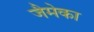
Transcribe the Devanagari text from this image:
जैमेका